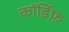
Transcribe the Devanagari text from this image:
कॉर्डिफ़